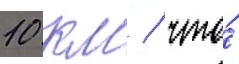
10 км / что́